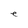
Character: e